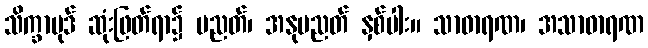
သိက္ခာပုဒ် ဆုံးဖြတ်ရာ၌ ပညတ်၊ အနုပညတ် နှစ်ပါး။ သာဓာရဏ၊ အသာဓာရဏ